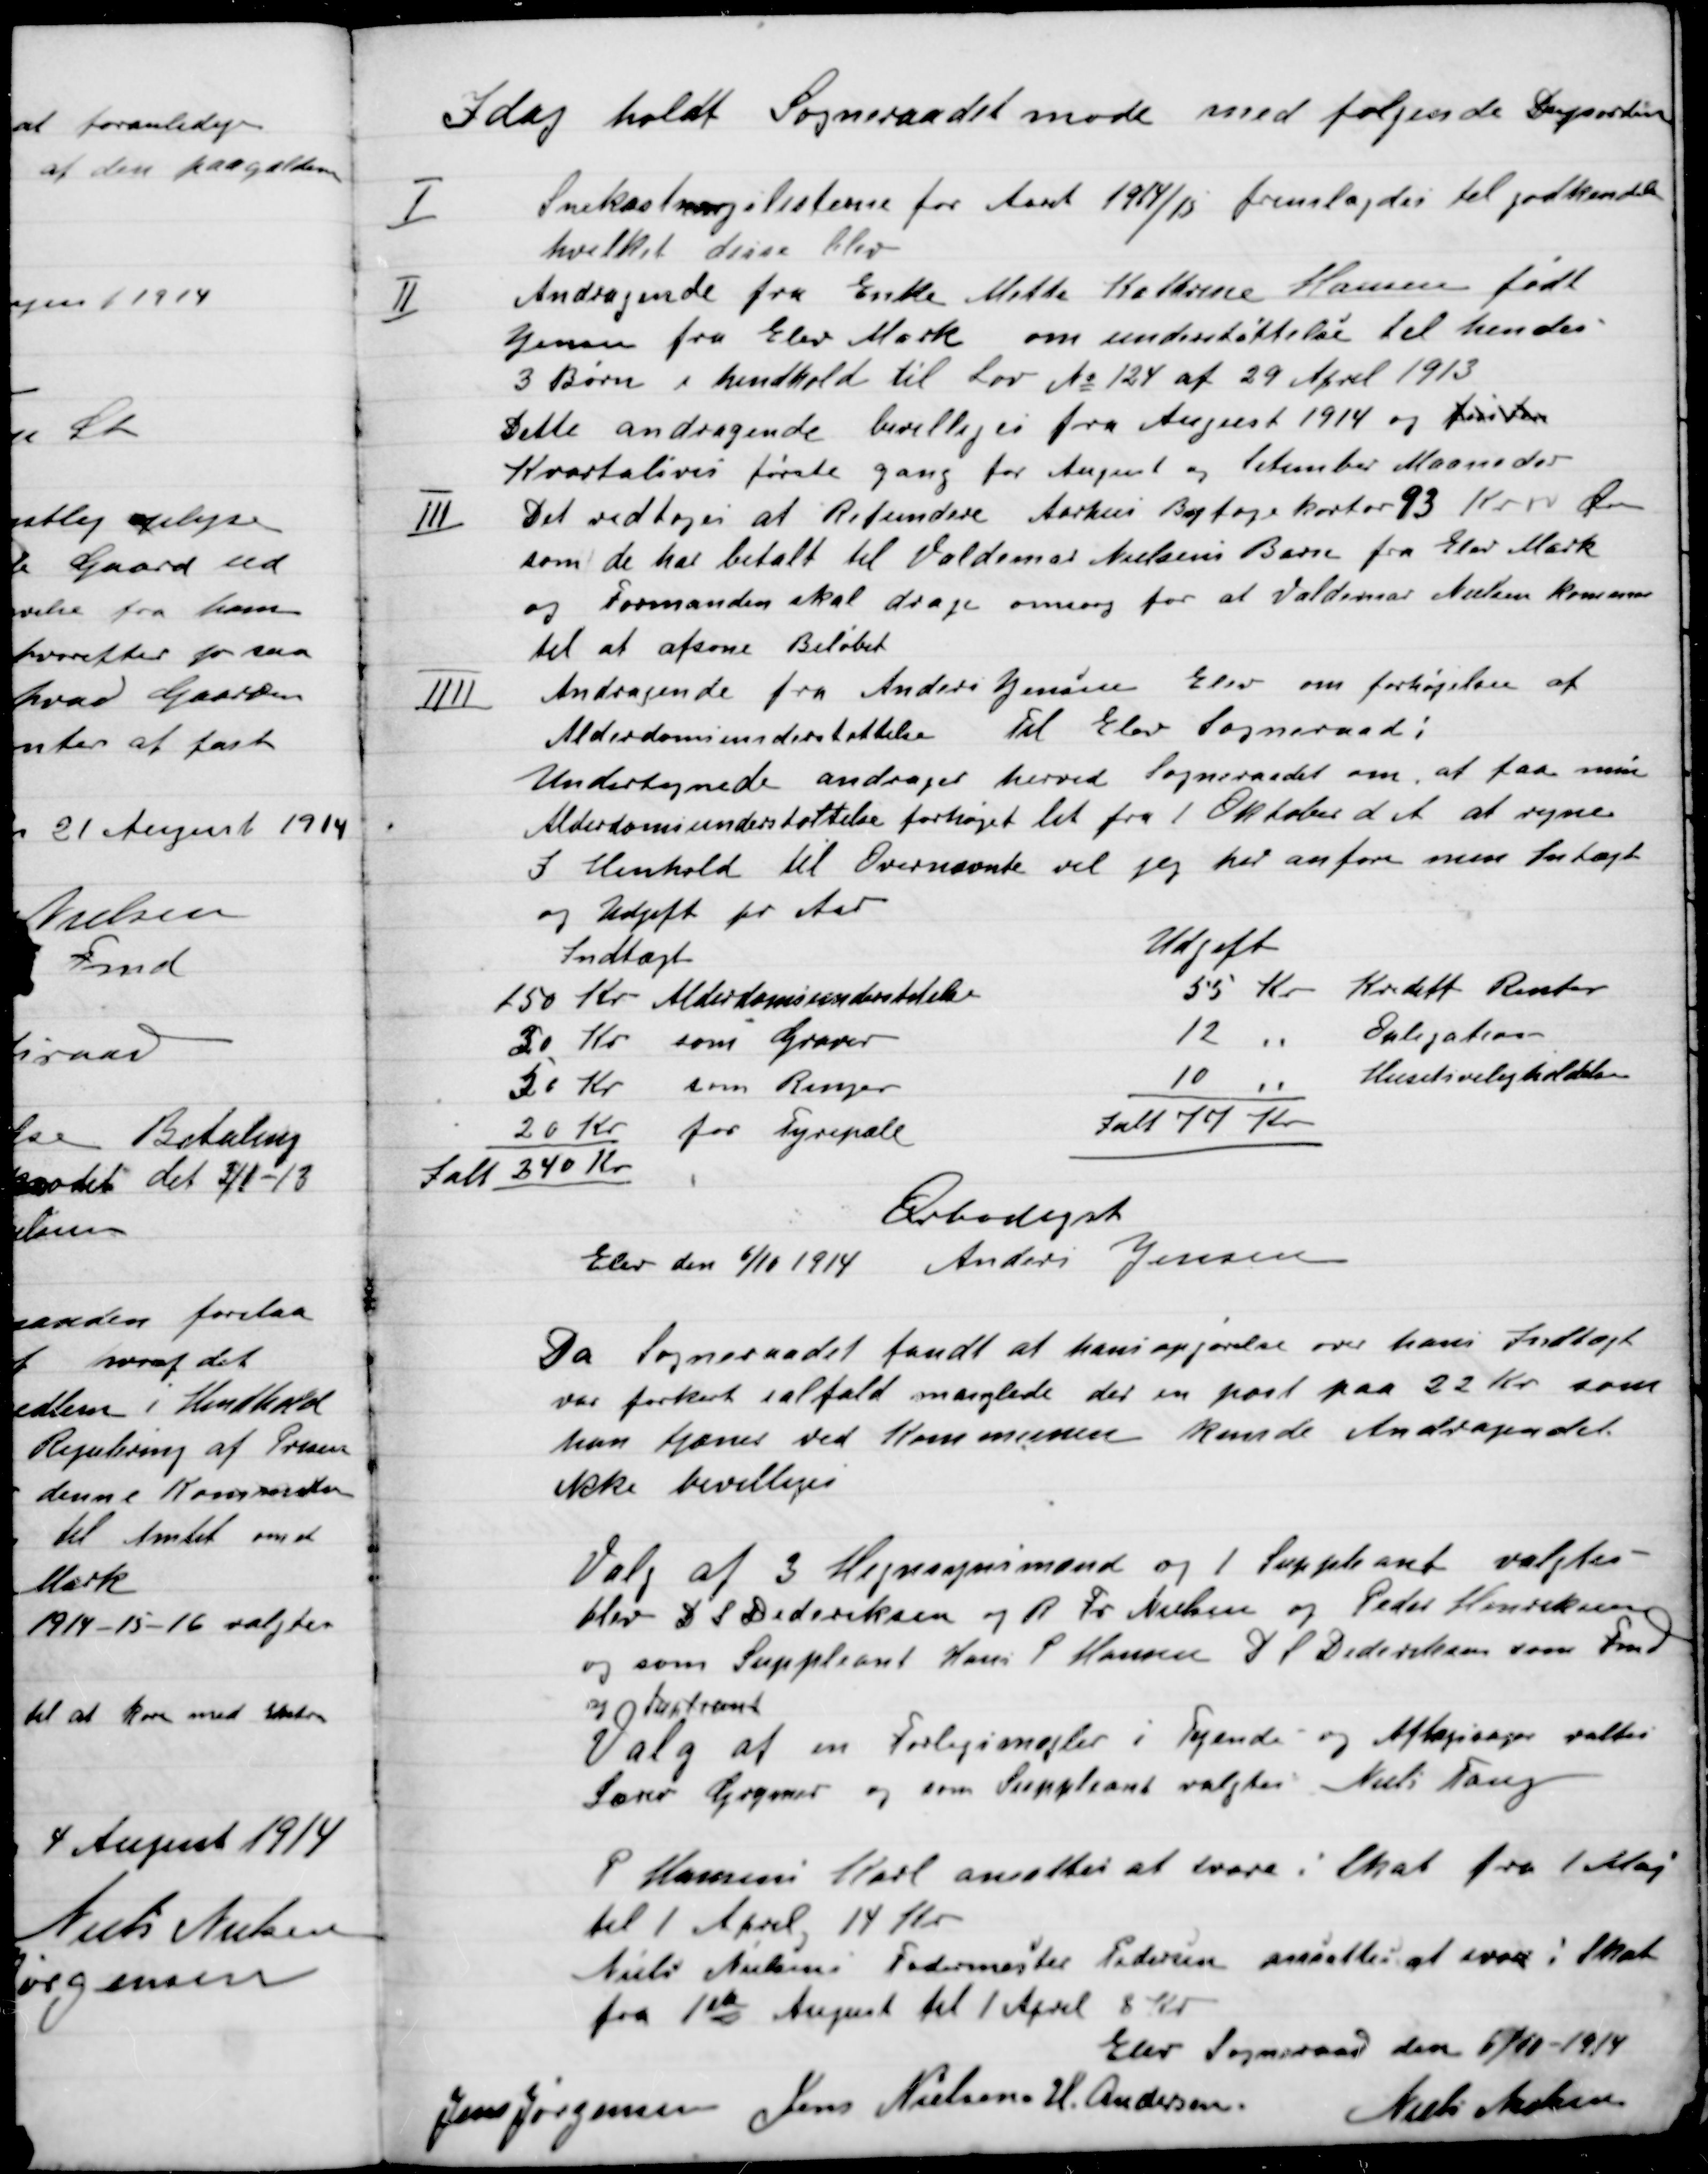
Transskription:
I dag holdt Sogneraadet møde med følgende Dagsorden.

I

Snekastningslisterne for Aaret 1914/15 fremlagdes til godkendelse
hvilket den blev.

II

Andragende fra Enke Mette Kottrene Hansen født
Jensen fra Elev Mark om Understøttelse til hendes
3 Børn i henhold til Lov No 124 af 29 april 1913.
Dette andragende bevilliges fra August 1914 og fristen
Kvartalsvis første gang for August og kommende Maaneder.

III

Det Vedtoges at Refundere Aarhus  kontor 93 Kr. 00 Øre
Som de har betalt til Valdemar Nielsen Børn fra Elev Mark
og Formanden skal drage omsorg for at Valdemar Nielsen kommer
til at afsone Beløbet.

IIII

Andragende fra Anders Jensen Elev om forhøjelse af
Alderdomsunderstøttelse til Elev Sogneraad.
Undertegnede andrager herved Sogneraadet om, at faa sin
Alderdomsunderstøttelse forhøjet til fra 1 Oktober d. A. at regne
I Henhold til Ovennævnte vil jeg her anføre men Indtægt
og Udgift pr. Aar.

Ærbødigst
Elev den 5/10 1914 Anders Jensen

Da Sogneraadet fandt at hans opgørelse over hans Indtægt
var forkert i alfald manglede der en post paa 22 Kr. som
han tjæner ved Kommunen kunde Andragendet
ikke bevilliges.

Valg af 3 Hegnssynsmænd og 1 suppleant valgtes
blev D. S Dideriksen og R. Fr. Nielsen og Peder Henriksen
og som suppleant Hans P. Hansen D.S. Dideriksen som Fmd.
og 
Valg af Forligsmæler i Tyende og Aftægtssager valgtes
Lærer Grymer og som Suppleant valgtes Niels Tang

P. Hansen Karl ansattes at være i Skat fra 1. Maj
til 1 April 14 Kr.
Niels Nielsen Fodermester Pedersen ansattes at svare i Skat
fra 1ste August til 1 April 8 Kr.

Elev Sogneraad den 5/11 1914

Jens Jørgensen
Jens Nielsen
H. Andersen
Niels Nielsen